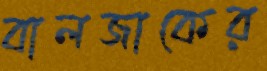
বালজাকের